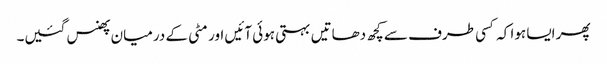
پھر ایسا ہوا کہ کسی طرف سے کچھ دھاتیں بہتی ہوئی آئیں اور مٹی کے درمیان پھنس گئیں۔